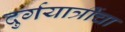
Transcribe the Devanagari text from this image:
दुर्गयात्रींचा